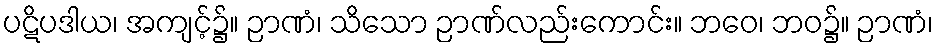
ပဋိပဒါယ၊ အကျင့်၌။ ဉာဏံ၊ သိသော ဉာဏ်လည်းကောင်း။ ဘဝေ၊ ဘဝ၌။ ဉာဏံ၊